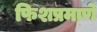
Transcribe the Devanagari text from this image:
फिशप्रमाणे